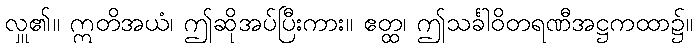
လှူ၏။ ဣတိအယံ၊ ဤဆိုအပ်ပြီးကား။ ဧတ္ထ၊ ဤသင်္ခါဝိတရဏီအဋ္ဌကထာ၌။